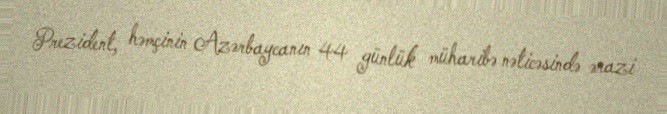
Prezident, həmçinin Azərbaycanın 44 günlük müharibə nəticəsində ərazi